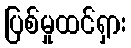
ပြစ်မှုထင်ရှား